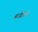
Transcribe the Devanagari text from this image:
बर्नवाल